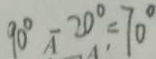
9 0 ^ { \circ } - 2 0 ^ { \circ } = 7 0 ^ { \circ }